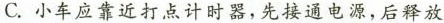
C.小车应靠近打点计时器，先接通电源，后释放